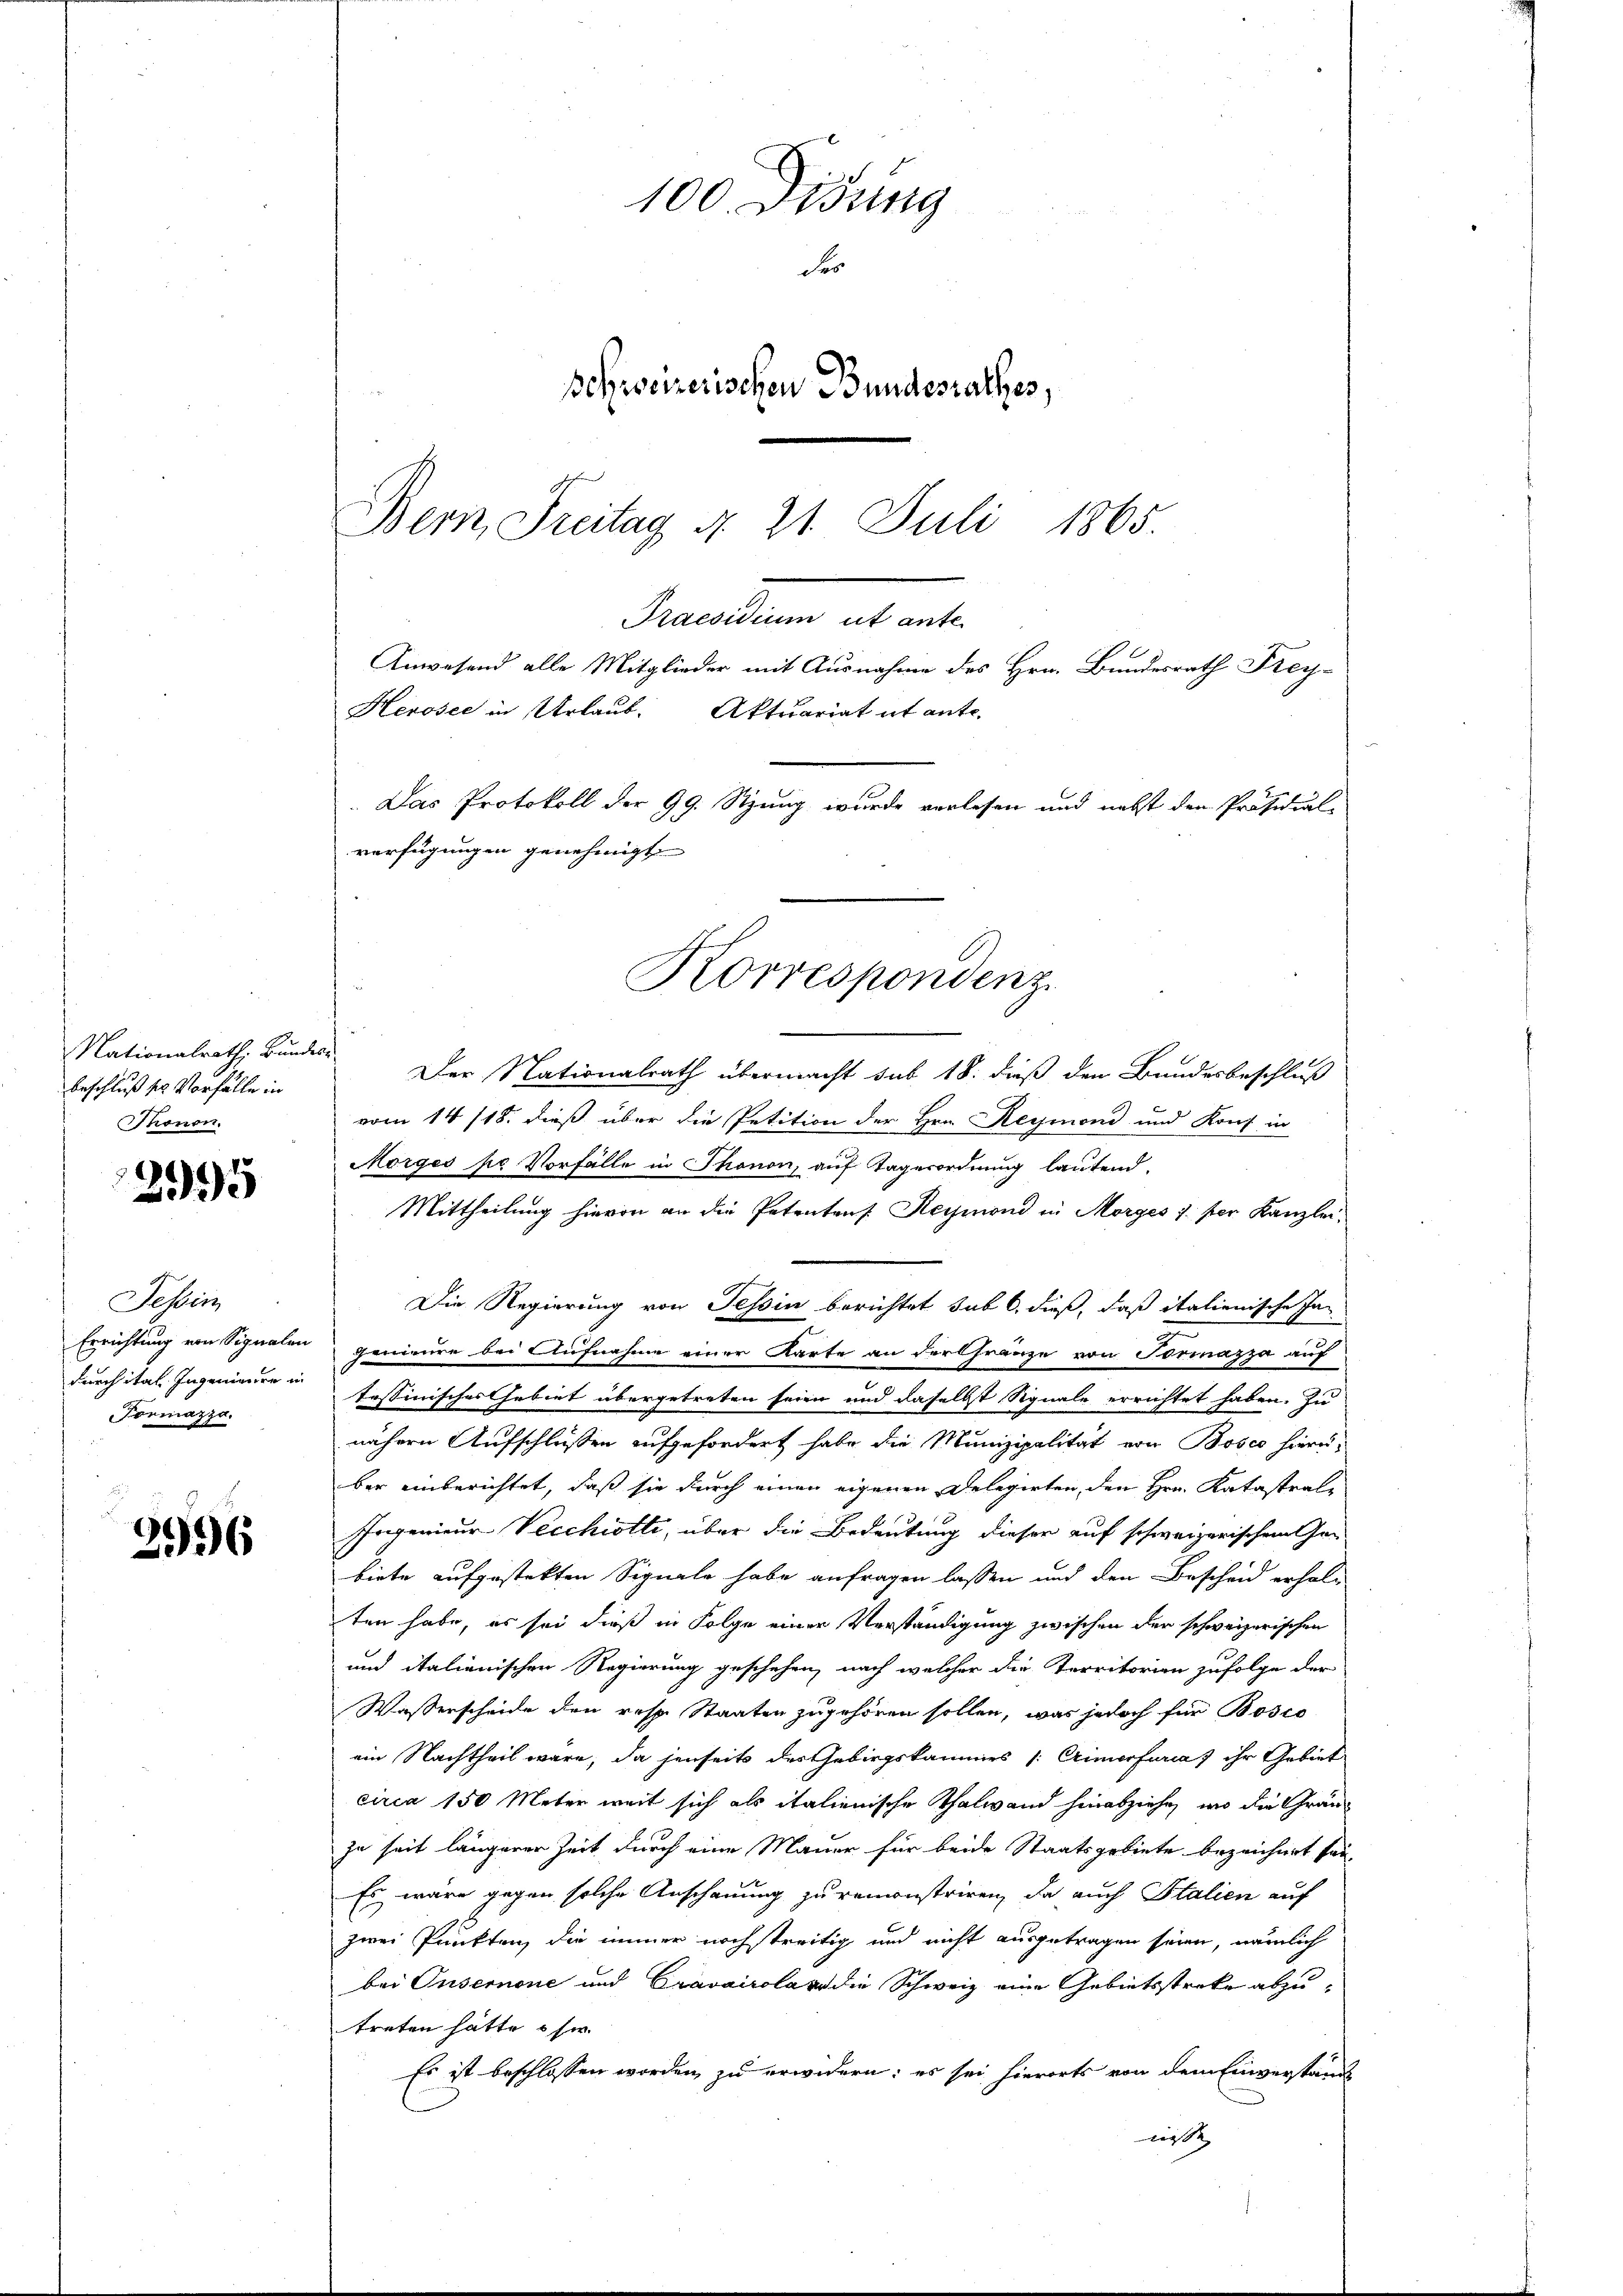
Nationalrath, Bundes
beschluß der Vorfälle in
Thonon.

3995

Tessin
Formazza.

2596

100 Didung
des
schweizerischen Bundesrathes,
Bern, Freitag d. 21. Juli 1865.

Herosee in Urlaub. Aktuariat it ante.
Das Protokoll der 99. Sitzung wurde verlesen und nebst den Präsidial-
verfügungen genehmigt
Korrespondenz

Praesiduum
Anwesend alle Mitglieder mit Ausnahme des Hrn. Bundesrath Frey¬

o
Der Nationalrath übermacht sub 18. dieß den Bundesbeschluß
vom 14/18. dieß über die Petition der Hrn. Reymond und Konf in
Morges pe Vorfälle in Thonon, auf Tagerordnung lautend.
Mittheilung hievon an die Petentens. Heymond in Morges 1 per Kanzlei¬
Die Regierung von Tessin berichtet sub 6. dieß, daß italienische Ja
Errichtung von Signalen genieure bei Aufnahme einer Karte an der Gränze von Tormazza auf
durch ital Ingenieure tessinisches Gebiet übergetreten seien und daselbst Signale errichtet haben. Zu
nähern Aufschlüssen aufgefordert habe die Munizipalität von Bosco hierüber einberichtet, daß sie durch einen eigenen Delegirten, den Hrn. Katastrale
Ehrgenieur Vecchiotti, über die Bedeutung dieser auf schweizerischen Gen
biete aufgestekten Signale habe anfragen lassen und den Bescheid erhal-
ten habe, es sei dieß in Folge einer Verständigung zwischen der schweizerischen
und italienischen Regierung geschehen, nach welcher die Territorien zufolge der
Wassenscheide den resp. Staaten zugehören sollen, was jedoch für Bosco
ein Nachtheil wäre, da jenseits des Gebirgskammes /: Crimerfurias ihr Gebiet
circa 150 Meter weit sich als italienische Thalwand hinabziehe, wo die Grauzu seit längerer Zeit durch eine Mauer für beide Staatsgebiete bezeichnet sei,
Es wäre gegen solche Anschauung zu remonstriren, da auch Italien auf
zwei Punkten, die immer nochstreitig und nicht ausgetragen seien, nämlich
bei Onsemnone und Cravairola er die Schweiz eine Gebietsstreke abzutreten hätte sie
Es ist beschlossen worden, zu erwidern; es sei hierorts von dem Einverstand
leist